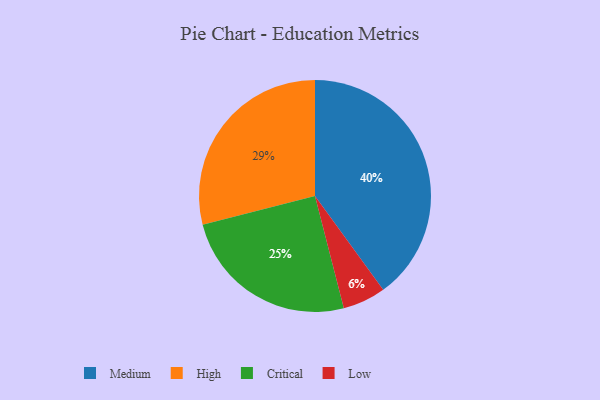
{"axis": {"x": "Category", "y": "Percentage"}, "legend": ["Critical", "High", "Low", "Medium"], "data": [{"x": "Medium", "y": 40, "type": "Medium"}, {"x": "High", "y": 29, "type": "High"}, {"x": "Low", "y": 6, "type": "Low"}, {"x": "Critical", "y": 25, "type": "Critical"}]}